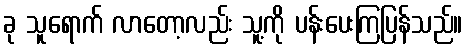
ခု သူရောက် လာတော့လည်း သူ့ကို ပန်းပေးကြပြန်သည်။